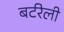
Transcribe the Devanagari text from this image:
बर्टरेली